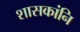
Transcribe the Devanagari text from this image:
शासकांनि